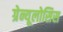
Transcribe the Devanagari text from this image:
ग्रेन्यूलोसिस